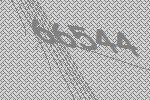
66544